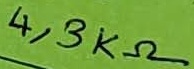
Text: 4,3KΩ